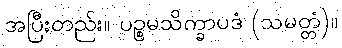
အပြီးတည်း။ ပဉ္စမသိက္ခာပဒံ (သမတ္တံ)။